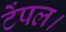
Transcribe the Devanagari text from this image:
टेंपल।